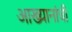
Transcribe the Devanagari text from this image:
आख्यानांची